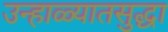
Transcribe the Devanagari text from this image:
उन्हाळ्यातसुद्धा